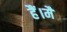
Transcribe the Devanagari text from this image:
हैं।मैं